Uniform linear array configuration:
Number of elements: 24
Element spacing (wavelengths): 0.25
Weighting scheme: kaiser
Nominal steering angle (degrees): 15
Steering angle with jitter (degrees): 13.767
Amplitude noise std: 0.05
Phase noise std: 0.05

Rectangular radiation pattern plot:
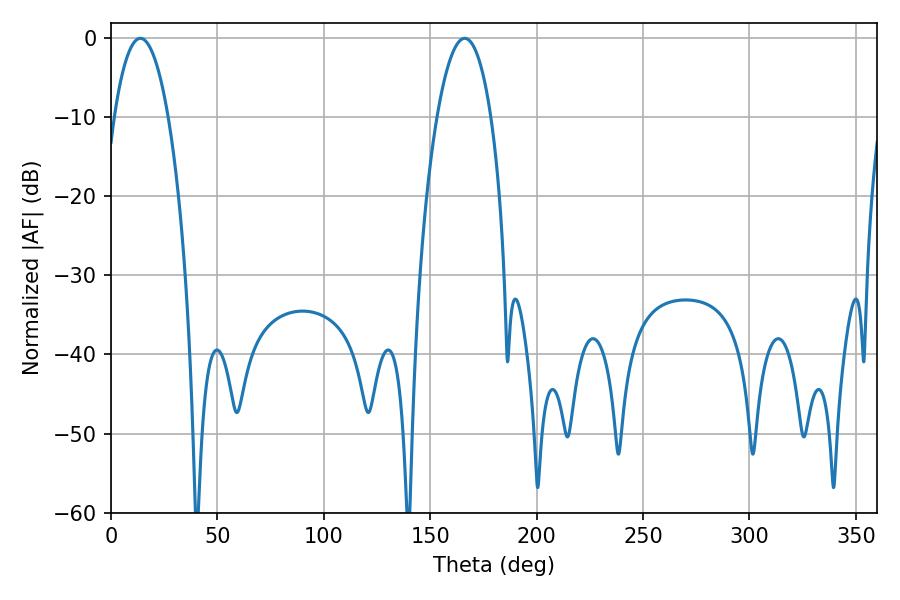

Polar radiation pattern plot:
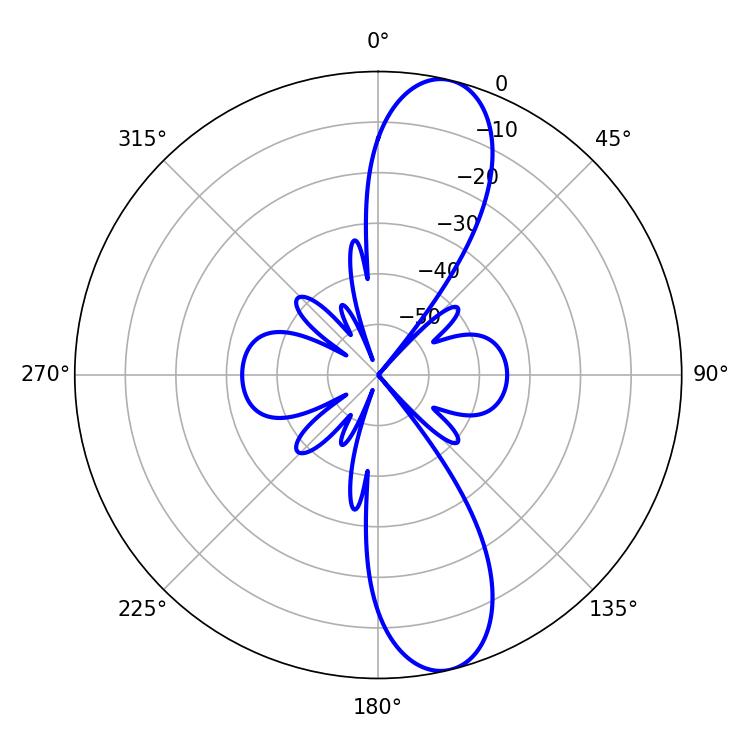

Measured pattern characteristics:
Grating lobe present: FALSE
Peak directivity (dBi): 11.995
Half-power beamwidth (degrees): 14.22
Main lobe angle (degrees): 13.86